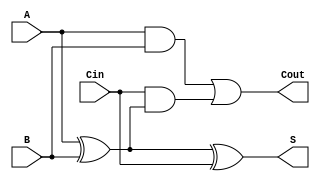
module DynamicFullAdder (
    input wire A,        // First input bit
    input wire B,        // Second input bit
    input wire Cin,      // Carry-in bit
    output wire S,       // Sum output
    output wire Cout     // Carry-out output
);

    // Intermediate signals
    wire AxorB;          // A XOR B
    wire AandB;          // A AND B
    wire CinAndAxorB;    // Cin AND (A XOR B)

    // Logic for Sum (S = A  B  Cin)
    assign AxorB = A ^ B;          // A XOR B
    assign S = AxorB ^ Cin;        // S = (A XOR B) XOR Cin

    // Logic for Carry-out (Cout = (A AND B) + (Cin AND (A XOR B)))
    assign AandB = A & B;          // A AND B
    assign CinAndAxorB = Cin & AxorB; // Cin AND (A XOR B)
    assign Cout = AandB | CinAndAxorB; // Cout = (A AND B) OR (Cin AND (A XOR B))

endmodule